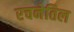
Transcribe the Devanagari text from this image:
रचनेतिल